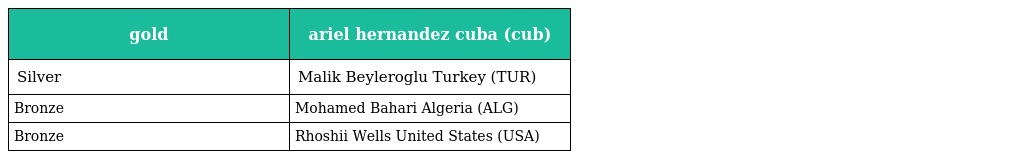
| gold | ariel hernandez cuba (cub) |
 | --- | --- |
 | Silver | Malik Beyleroglu Turkey (TUR) |
 | Bronze | Mohamed Bahari Algeria (ALG) |
 | Bronze | Rhoshii Wells United States (USA) |